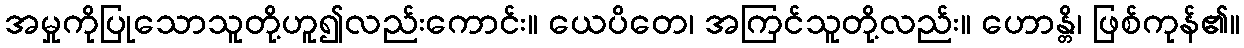
အမှုကိုပြုသောသူတို့ဟူ၍လည်းကောင်း။ ယေပိတေ၊ အကြင်သူတို့လည်း။ ဟောန္တိ၊ ဖြစ်ကုန်၏။